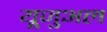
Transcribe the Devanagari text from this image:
यूजुअल